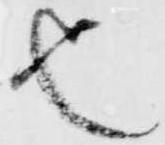
也